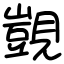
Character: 覬